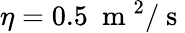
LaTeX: \eta=0.5~\mathrm{~m~}^{2}/\mathrm{~s~}